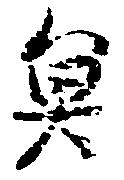
魚